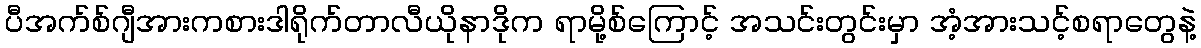
ပီအက်စ်ဂျီအားကစားဒါရိုက်တာလီယိုနာဒိုက ရာမို့စ်ကြောင့် အသင်းတွင်းမှာ အံ့အားသင့်စရာတွေနဲ့